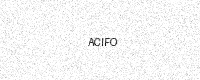
Text: ACIFO